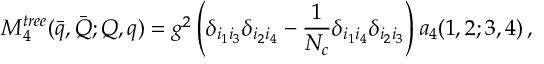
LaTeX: M _ { 4 } ^ { t r e e } ( \bar { q } , \bar { Q } ; Q , q ) = g ^ { 2 } \left( \delta _ { i _ { 1 } i _ { 3 } } \delta _ { i _ { 2 } i _ { 4 } } - { \frac { 1 } { N _ { c } } } \delta _ { i _ { 1 } i _ { 4 } } \delta _ { i _ { 2 } i _ { 3 } } \right) a _ { 4 } ( 1 , 2 ; 3 , 4 ) \, ,